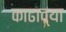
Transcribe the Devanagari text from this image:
काढाव्या